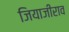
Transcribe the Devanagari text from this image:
जियाजीराव